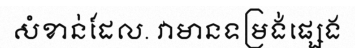
សំខាន់ដែល. វាមានទម្រង់ផ្សេង